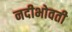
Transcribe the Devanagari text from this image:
नदीभोवती